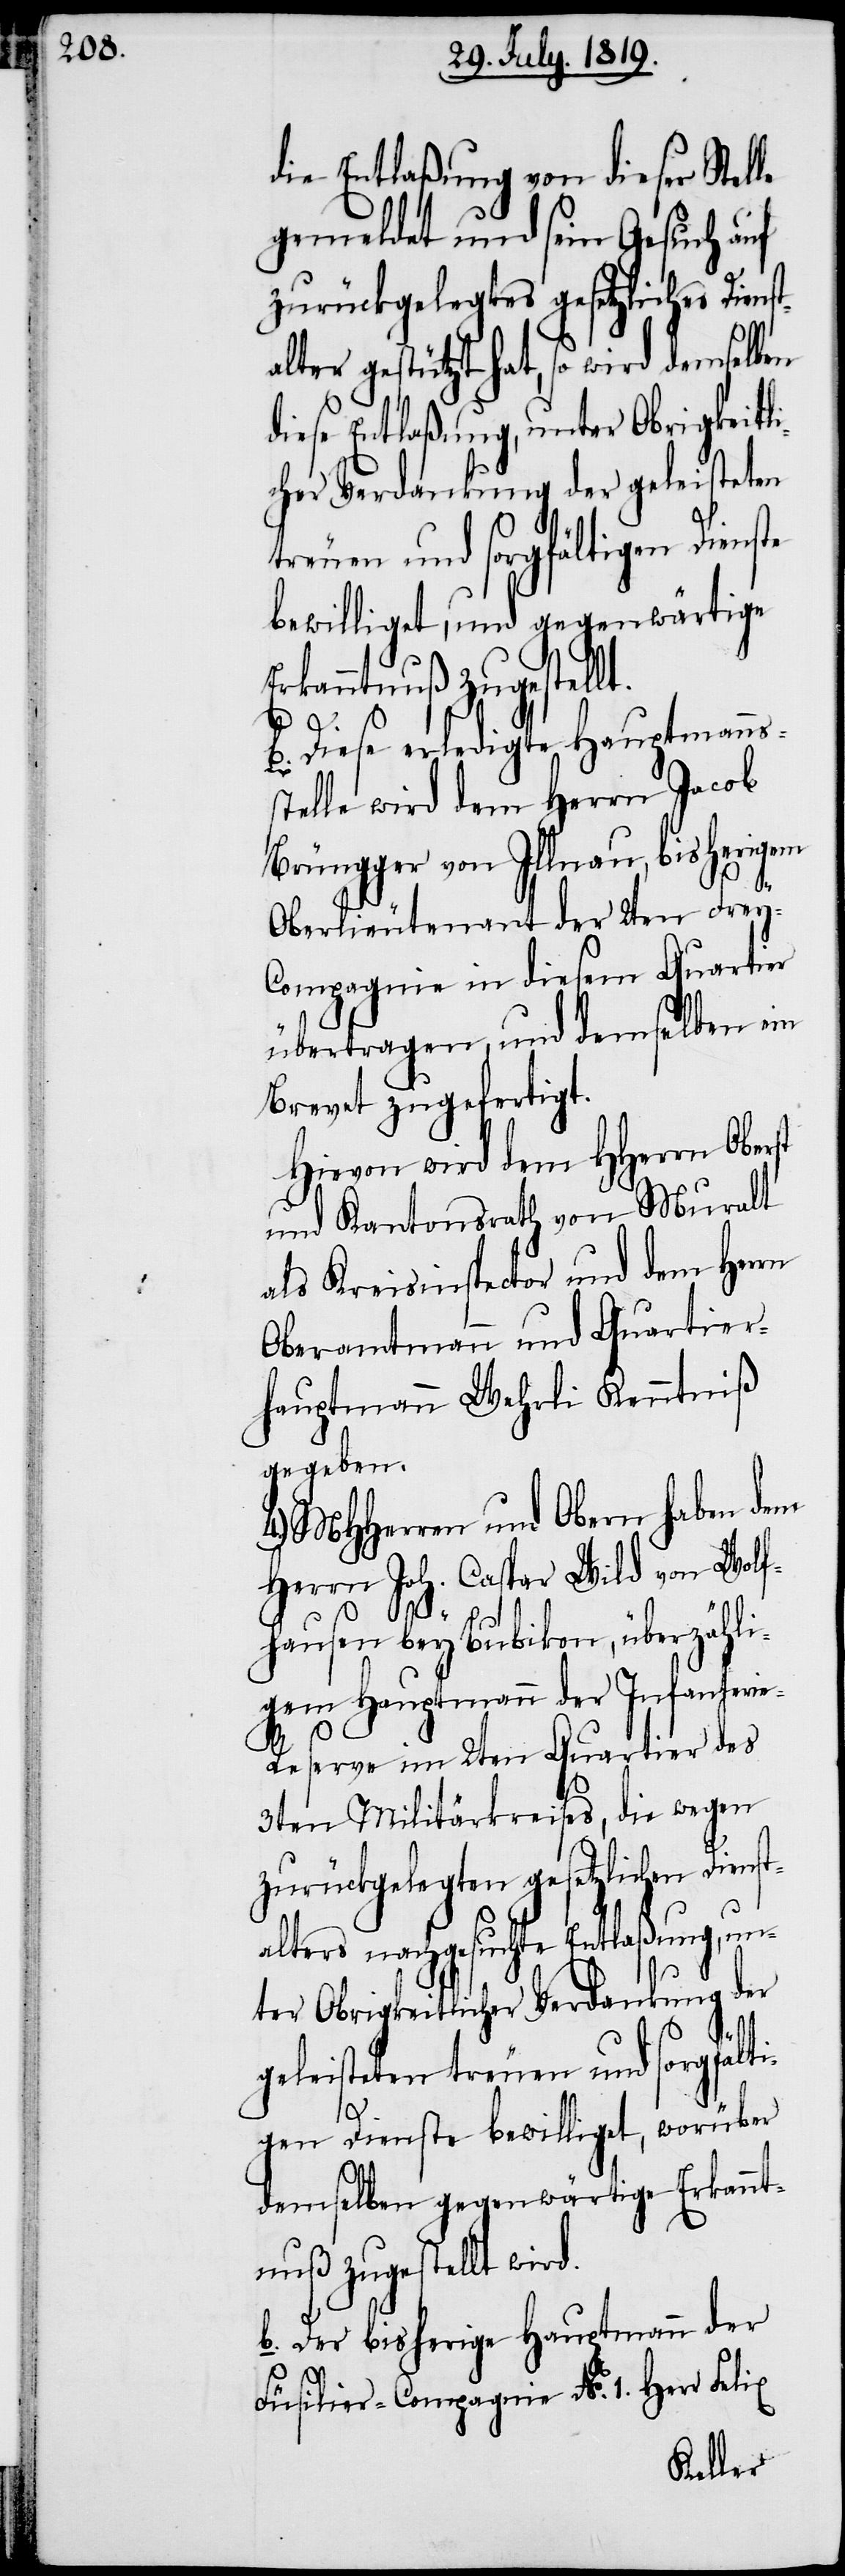
die Entlaßung von dieser St¬
gemeldet und sein Gesuch auf
zurückgelegtes gesetzliches Diens¬
lter gestützt hat, so wird demselben
diese Entlaßung, unter Obrigkeitli¬
cher Verdankung der geleisteten
treuen und sorgfältigen Dienste
bewilliget, und gegenwärtige
Erkanntnuß zugestell¬
b. Diese erledigte Hauptmannss¬
telle wird dem Herrn Jacob
Brüngger von Illnau, bisherigem
Oberlieutenant der 2ten Frey-C¬
ompagnie in diesem Quartier
übertragen, und demselben ein
Brevet zugefertigt.
Hievon wird dem HHerrn Oberst
und Kantonsrath von Muralt
als Kreisinspector und dem Herrn
Oberamtmann und Quartier¬
hauptmann Wehrli Kenntniß
gegeben.
MHHerren und Obern haben dem
Herrn Joh. Caspar Wild von Wolf¬
hausen bey Bubikon, überzähli¬
gem Hauptmann der Infanteri¬
e-Reserve im 2ten Quartier des
3ten Militärkreises, die wegen
zurückgelegten gesetzlichen Dienst¬
alters nachgesuchte Entlaßung, un¬
ter Obrigkeitlicher Verdankung der
geleisteten treuen und sorgfält¬
t.
igen Dienste bewilliget, worüber
demselben gegenwärtige Erkannt¬
nuß zugestellt wird.
b. Der bisherige Hauptmann der
Füsilier-Compagnie No. 1 Herr Felix
elle